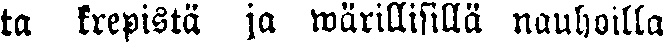
ta krepistä ja wärillisillä nauhoilla